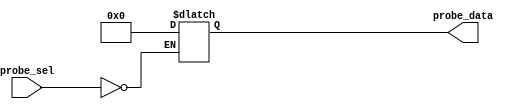
/*
 * Based on pr#859.
 * This test makes sure the @* input search can handle null
 * statements within case alternatives.
 */

module test(output reg [15:0] probe_data,input wire [3:0] probe_sel);

   always @*
     case(probe_sel)
       4'h0 :;
       default : probe_data = 16'b0;
     endcase // case(probe_sel)

   initial #1 $display("PASSED");

endmodule // test